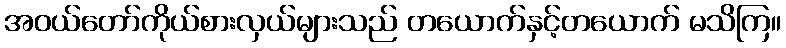
အဝယ်တော်ကိုယ်စားလှယ်များသည် တယောက်နှင့်တယောက် မသိကြ။